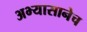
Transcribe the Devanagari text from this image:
अभ्यासानेच